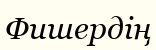
Фишердің